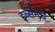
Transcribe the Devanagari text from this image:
इब्सेनचे